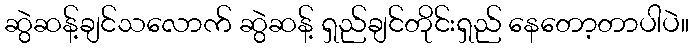
ဆွဲဆန့်ချင်သလောက် ဆွဲဆန့် ရှည်ချင်တိုင်းရှည် နေတော့တာပါပဲ။